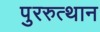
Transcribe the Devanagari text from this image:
पुररुत्थान